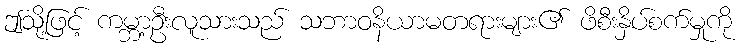
ဤသို့ဖြင့် ကမ္ဘာ့ဦးလူသားသည် သဘာဝနိယာမတရားများ၏ ဖိစီးနှိပ်စက်မှုကို